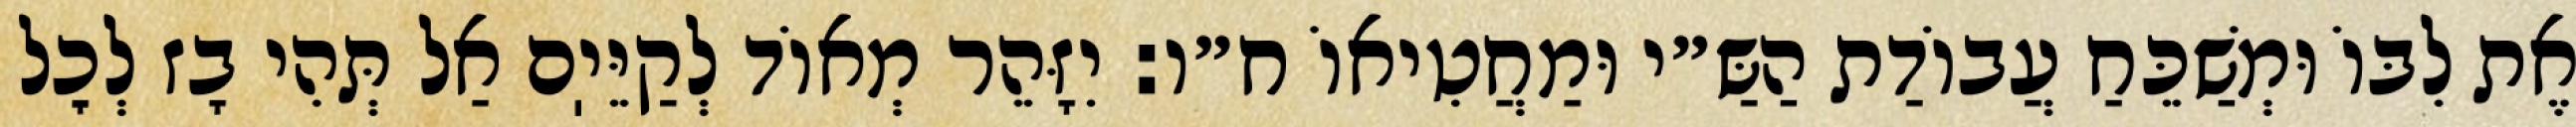
אֶת לִבּוֹ וּמְשַׁכֵּחַ עֲבוֹדַת הַשַּ״י וּמַחֲטִיאוֹ ח״ו: יִזָּהֵר מְאוֹד לְקַיֵּיֽם אַל תְּהִי בָז לְכׇל